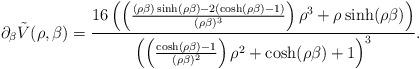
LaTeX: \begin{align*}\partial_\beta\tilde{V}(\rho,\beta)=\frac{16\left(\left(\frac{(\rho\beta)\sinh(\rho\beta)-2(\cosh(\rho\beta)-1)}{(\rho\beta)^3}\right)\rho^3+\rho\sinh(\rho\beta)\right)}{\left(\left(\frac{\cosh(\rho\beta)-1}{(\rho\beta)^2}\right)\rho^2+\cosh(\rho\beta)+1\right)^3}.\end{align*}